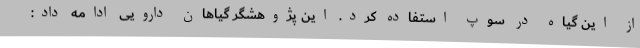
از این گیاه در سوپ استفاده کرد. این پژوهشگر گیاهان دارویی ادامه داد: